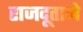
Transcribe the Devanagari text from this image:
राजदूताने